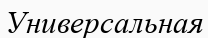
Универсальная